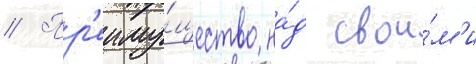
// Пр'еиму́щество на́д свои́м'и